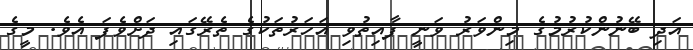
އަދި ބޭނުންކުރުމުގެ މިންވަރު ވަނީ ފާއިތުވި އަހަރުތަކުގެ ތެރޭގައި ދަށްވެފަ އެވެ. މީގެ